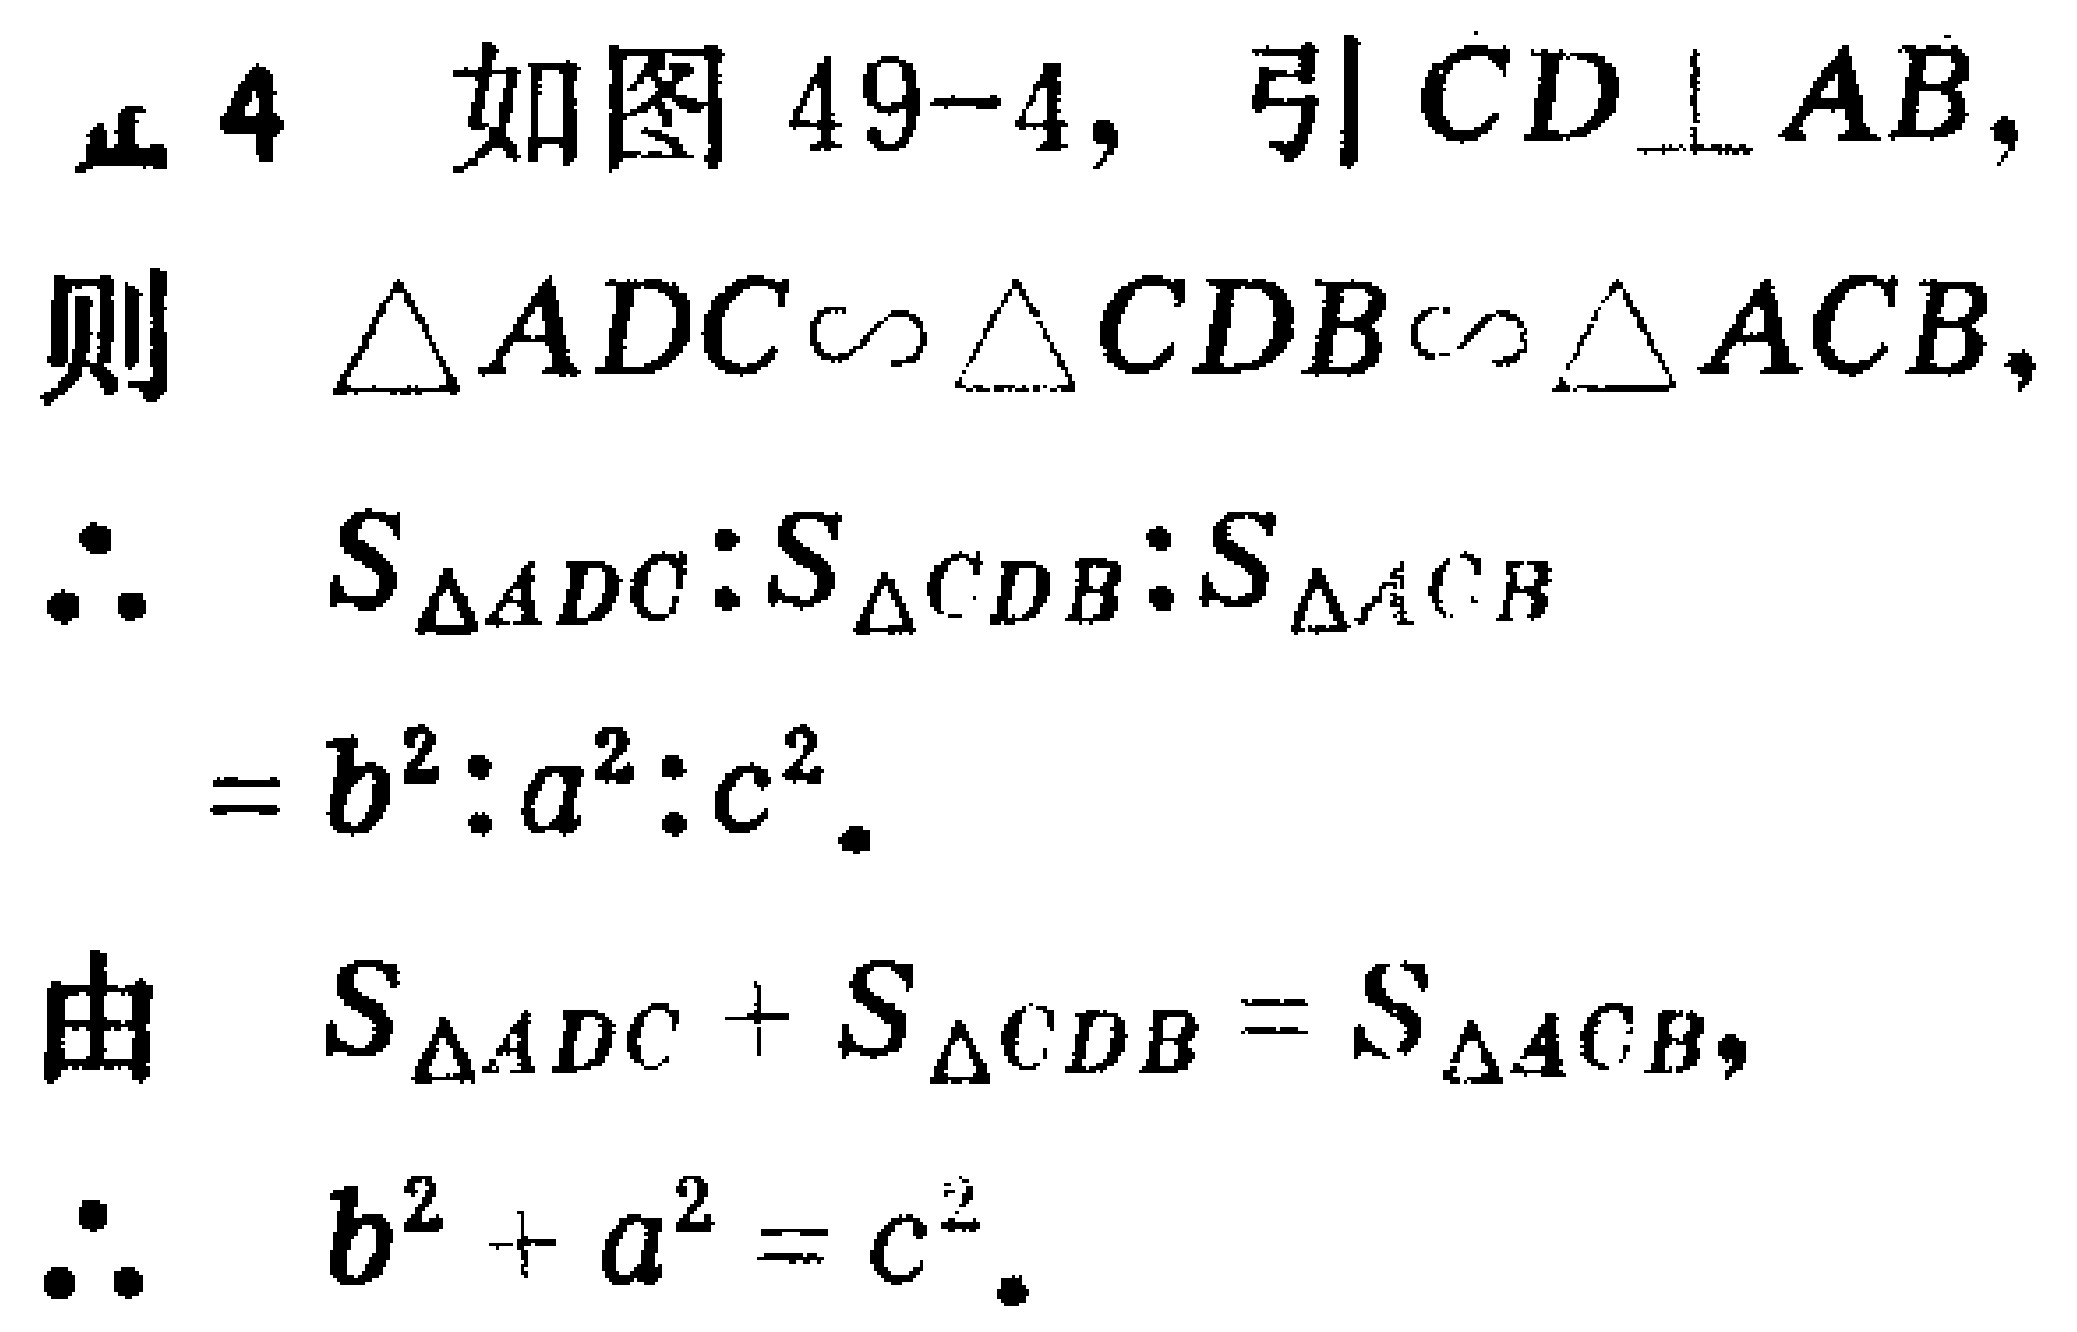
如图 49-4，引 \(CD\perp AB\)，
则 \(\triangle ADC\sim\triangle CDB\sim\triangle ACB\)，
\(\therefore\) \(S_{\triangle ADC}:S_{\triangle CDB}:S_{\triangle ACB}\)
\(=b^{2}:a^{2}:c^{2}\)。
由 \(S_{\triangle ADC}+S_{\triangle CDB}=S_{\triangle ACB}\)，
\(\therefore\) \(b^{2}+a^{2}=c^{2}\)。